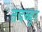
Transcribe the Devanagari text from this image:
तदब्बुर